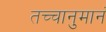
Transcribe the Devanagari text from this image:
तच्चानुमानं